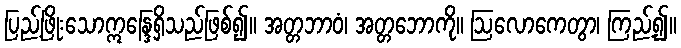
ပြည့်ဖြိုးသောဣန္ဒြေရှိသည်ဖြစ်၍။ အတ္တဘာဝံ၊ အတ္တဘောကို။ ဩလောကေတွာ၊ ကြည့်၍။